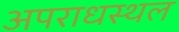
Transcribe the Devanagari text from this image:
अपराधस्थल